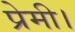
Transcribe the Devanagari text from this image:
प्रेमी।